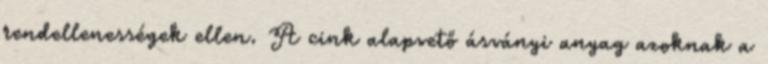
rendellenességek ellen. A cink alapvető ásványi anyag azoknak a